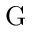
\mathrm { G }